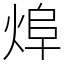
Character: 㷆